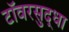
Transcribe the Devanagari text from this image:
टॉवरसुद्धा